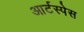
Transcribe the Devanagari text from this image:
आर्टस्पेस